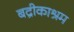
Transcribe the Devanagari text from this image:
बद्रीकाश्रम